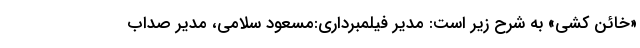
«خائن کشی» به شرح زیر است: مدیر فیلمبرداری:مسعود سلامی، مدیر صداب